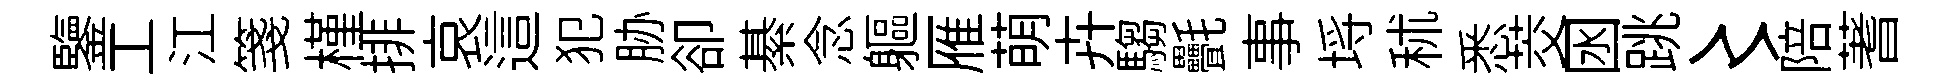
鑒工江箋槿排哀這犯胁卻綦念軀雁萌卉騶㲲事埓秫悉茭囦跳〻陪蓍